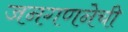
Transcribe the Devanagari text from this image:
जनगणनेची